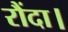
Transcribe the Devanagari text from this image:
रौंदा।